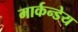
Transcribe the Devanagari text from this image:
मार्कन्डेय